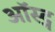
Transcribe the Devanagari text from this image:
ऑस्ट्न